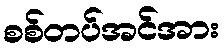
စစ်တပ်အင်အား